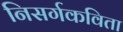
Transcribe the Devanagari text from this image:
निसर्गकविता